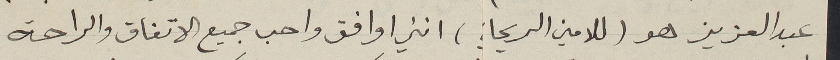
عبد العزيز هو (للامين الريحاني) انني اوافق واحب جميع الاتفاق والراحة